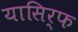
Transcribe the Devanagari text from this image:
यासिर्फ